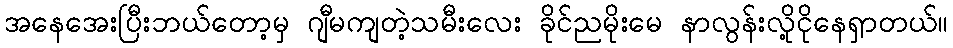
အနေအေးပြီးဘယ်တော့မှ ဂျီမကျတဲ့သမီးလေး ခိုင်ညမိုးမေ နာလွန်းလို့ငိုနေရှာတယ်။